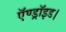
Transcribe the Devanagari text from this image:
ऍण्ड्रॉइड।